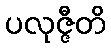
ပလုဇ္ဇီတိ